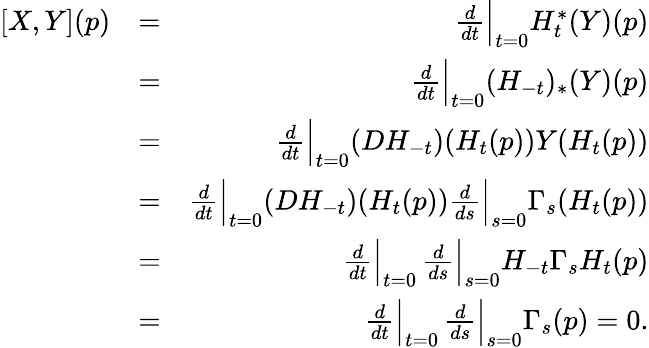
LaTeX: \begin{array}{rlr}{[X,Y](p)}&{=}&{\frac{d}{dt}\Bigr|_{t=0}H_{t}^{*}(Y)(p)}\\ &{=}&{\frac{d}{dt}\Bigr|_{t=0}(H_{-t})_{*}(Y)(p)}\\ &{=}&{\frac{d}{dt}\Bigr|_{t=0}(DH_{-t})(H_{t}(p))Y(H_{t}(p))}\\ &{=}&{\frac{d}{dt}\Bigr|_{t=0}(DH_{-t})(H_{t}(p))\frac{d}{ds}\Bigr|_{s=0}\Gamma_{s}(H_{t}(p))}\\ &{=}&{\frac{d}{dt}\Bigr|_{t=0}\, \frac{d}{ds}\Bigr|_{s=0}H_{-t}\Gamma_{s}H_{t}(p)}\\ &{=}&{\frac{d}{dt}\Bigr|_{t=0}\, \frac{d}{ds}\Bigr|_{s=0}\Gamma_{s}(p)=0.}\end{array}